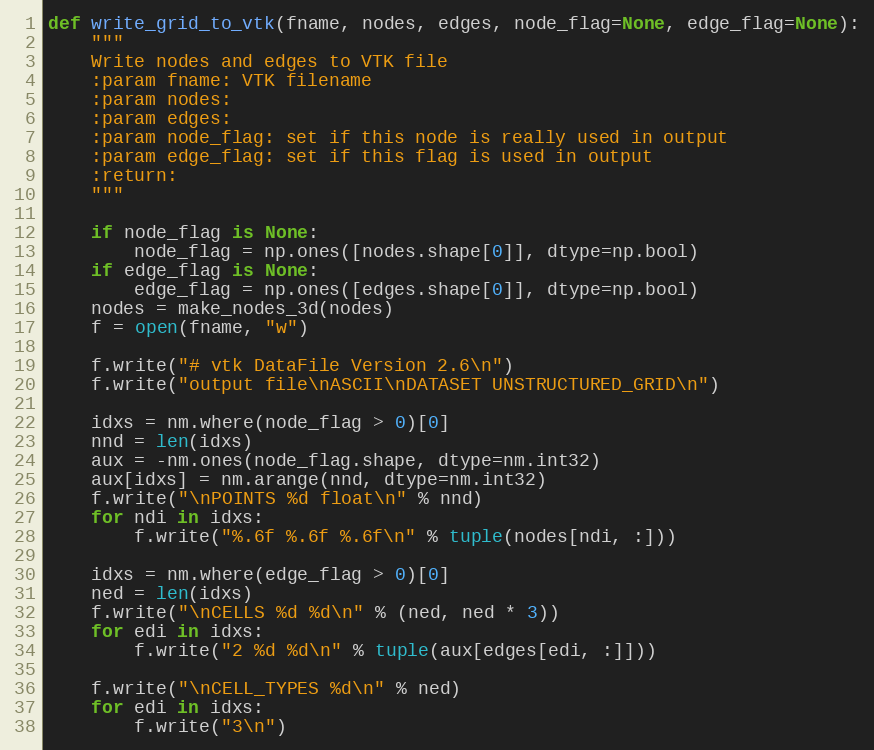
Language: Python
def write_grid_to_vtk(fname, nodes, edges, node_flag=None, edge_flag=None):
    """
    Write nodes and edges to VTK file
    :param fname: VTK filename
    :param nodes:
    :param edges:
    :param node_flag: set if this node is really used in output
    :param edge_flag: set if this flag is used in output
    :return:
    """

    if node_flag is None:
        node_flag = np.ones([nodes.shape[0]], dtype=np.bool)
    if edge_flag is None:
        edge_flag = np.ones([edges.shape[0]], dtype=np.bool)
    nodes = make_nodes_3d(nodes)
    f = open(fname, "w")

    f.write("# vtk DataFile Version 2.6\n")
    f.write("output file\nASCII\nDATASET UNSTRUCTURED_GRID\n")

    idxs = nm.where(node_flag > 0)[0]
    nnd = len(idxs)
    aux = -nm.ones(node_flag.shape, dtype=nm.int32)
    aux[idxs] = nm.arange(nnd, dtype=nm.int32)
    f.write("\nPOINTS %d float\n" % nnd)
    for ndi in idxs:
        f.write("%.6f %.6f %.6f\n" % tuple(nodes[ndi, :]))

    idxs = nm.where(edge_flag > 0)[0]
    ned = len(idxs)
    f.write("\nCELLS %d %d\n" % (ned, ned * 3))
    for edi in idxs:
        f.write("2 %d %d\n" % tuple(aux[edges[edi, :]]))

    f.write("\nCELL_TYPES %d\n" % ned)
    for edi in idxs:
        f.write("3\n")